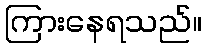
ကြားနေရသည်။